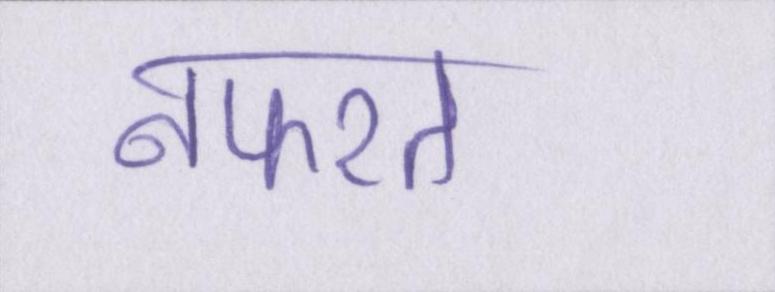
नफरत